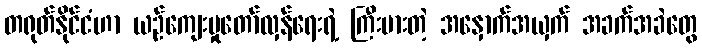
တရုတ်နိုင်ငံဟာ ယဉ်ကျေးမှုတော်လှန်ရေးရဲ့ ကြီးမားတဲ့ အနှောက်အယှက် အခက်အခဲတွေ